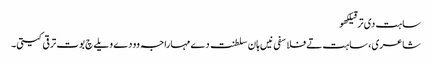
ساہت دی ترقیلکھو
شاعری، ساہت تے فلاسفی نیں ہان سلطنت دے مہاراجہ وو دے ویلے چ بوت ترقی کیتی۔